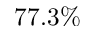
7 7 . 3 \%